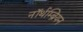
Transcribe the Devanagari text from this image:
नॉर्थम्ब्रियन